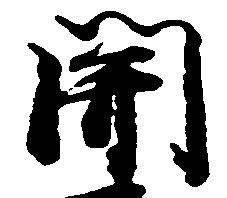
関